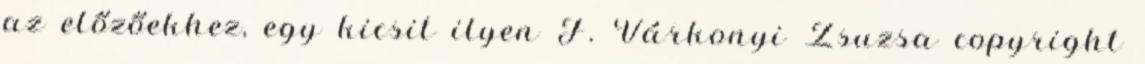
az előzőekhez, egy kicsit ilyen F. Várkonyi Zsuzsa copyright